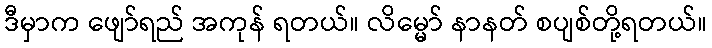
ဒီမှာက ဖျော်ရည် အကုန် ရတယ်။ လိမ္မော် နာနတ် စပျစ်တို့ရတယ်။